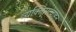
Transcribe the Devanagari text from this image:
व्यक्तिमत्त्वाहून